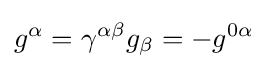
g^{\alpha }=\gamma ^{\alpha \beta }g_{\beta }=-g^{0\alpha }